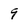
Character: 9